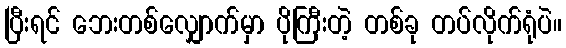
ပြီးရင် ဘေးတစ်လျှောက်မှာ ပိုကြီးတဲ့ တစ်ခု တပ်လိုက်ရုံပဲ။